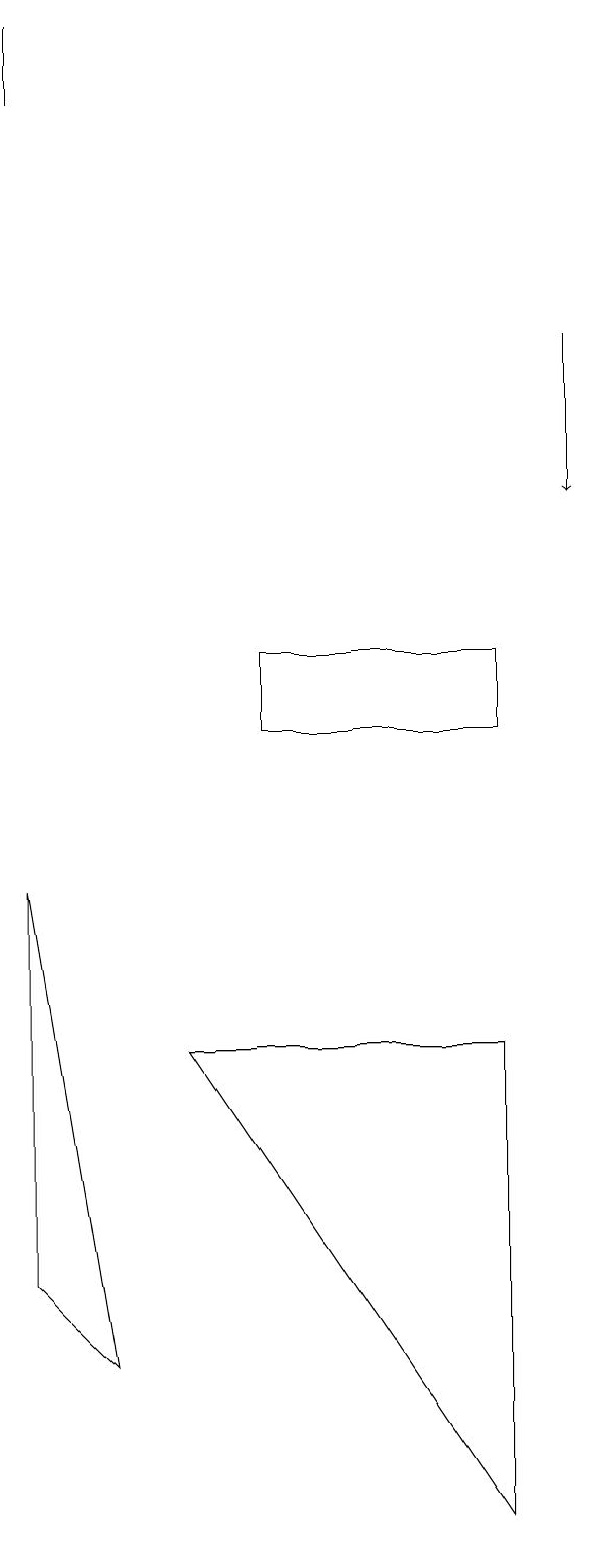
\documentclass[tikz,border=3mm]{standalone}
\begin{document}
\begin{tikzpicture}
\draw (4,11) rectangle (7,10);
\draw (7,0) -- (7,6) -- (3,6) -- cycle;
\draw (2,2) -- (1,3) -- (1,8) -- cycle;
\draw (1,19) rectangle (1,18);
\draw[->] (8,15) -- (8,13);
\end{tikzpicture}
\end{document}